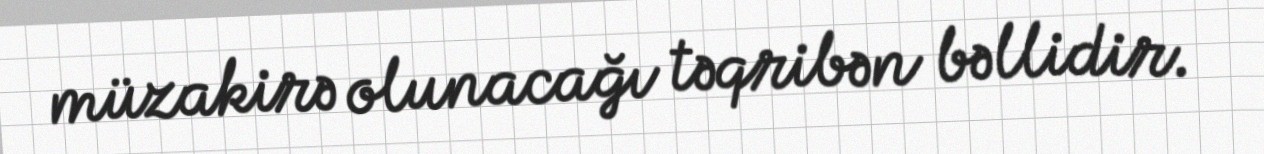
müzakirə olunacağı təqribən bəllidir.